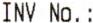
INV NO. :